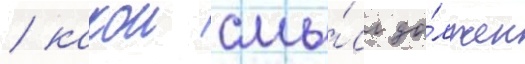
/ какои смы́сл до́лжен